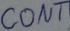
Text: CONT